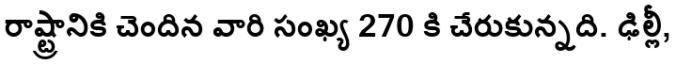
రాష్ట్రానికి చెందిన వారి సంఖ్య 270 కి చేరుకున్నది. ఢిల్లీ,